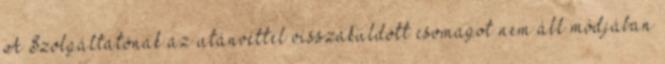
A Szolgáltatónak az utánvéttel visszaküldött csomagot nem áll módjában